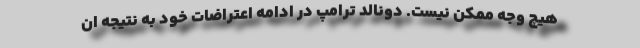
هیچ وجه ممکن نیست. دونالد ترامپ در ادامه اعتراضات خود به نتیجه ان